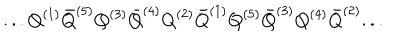
LaTeX: . . . Q ^ { ( 1 ) } { \bar { Q } } ^ { ( 5 ) } Q ^ { ( 3 ) } { \bar { Q } } ^ { ( 4 ) } Q ^ { ( 2 ) } { \bar { Q } } ^ { ( 1 ) } Q ^ { ( 5 ) } { \bar { Q } } ^ { ( 3 ) } Q ^ { ( 4 ) } { \bar { Q } } ^ { ( 2 ) } . . .